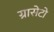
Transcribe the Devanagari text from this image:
ग्रासेटो